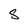
Character: S